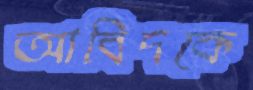
আবিদকে